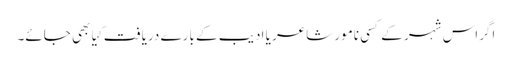
اگراس شہر کے کسی نامور شاعر یا ادیب کے بارے دریافت کِیا بھی جائے۔